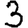
Digit: 3